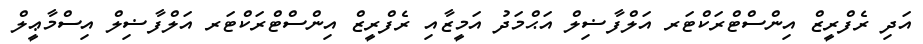
އަދި ރެފްރީޒް އިންސްޓްރަކްޓަރ އަލްފާޟިލް އަޙްމަދު އަމީޒާއި ރެފްރީޒް އިންސްޓްރަކްޓަރ އަލްފާޟިލް އިސްމާޢީލް